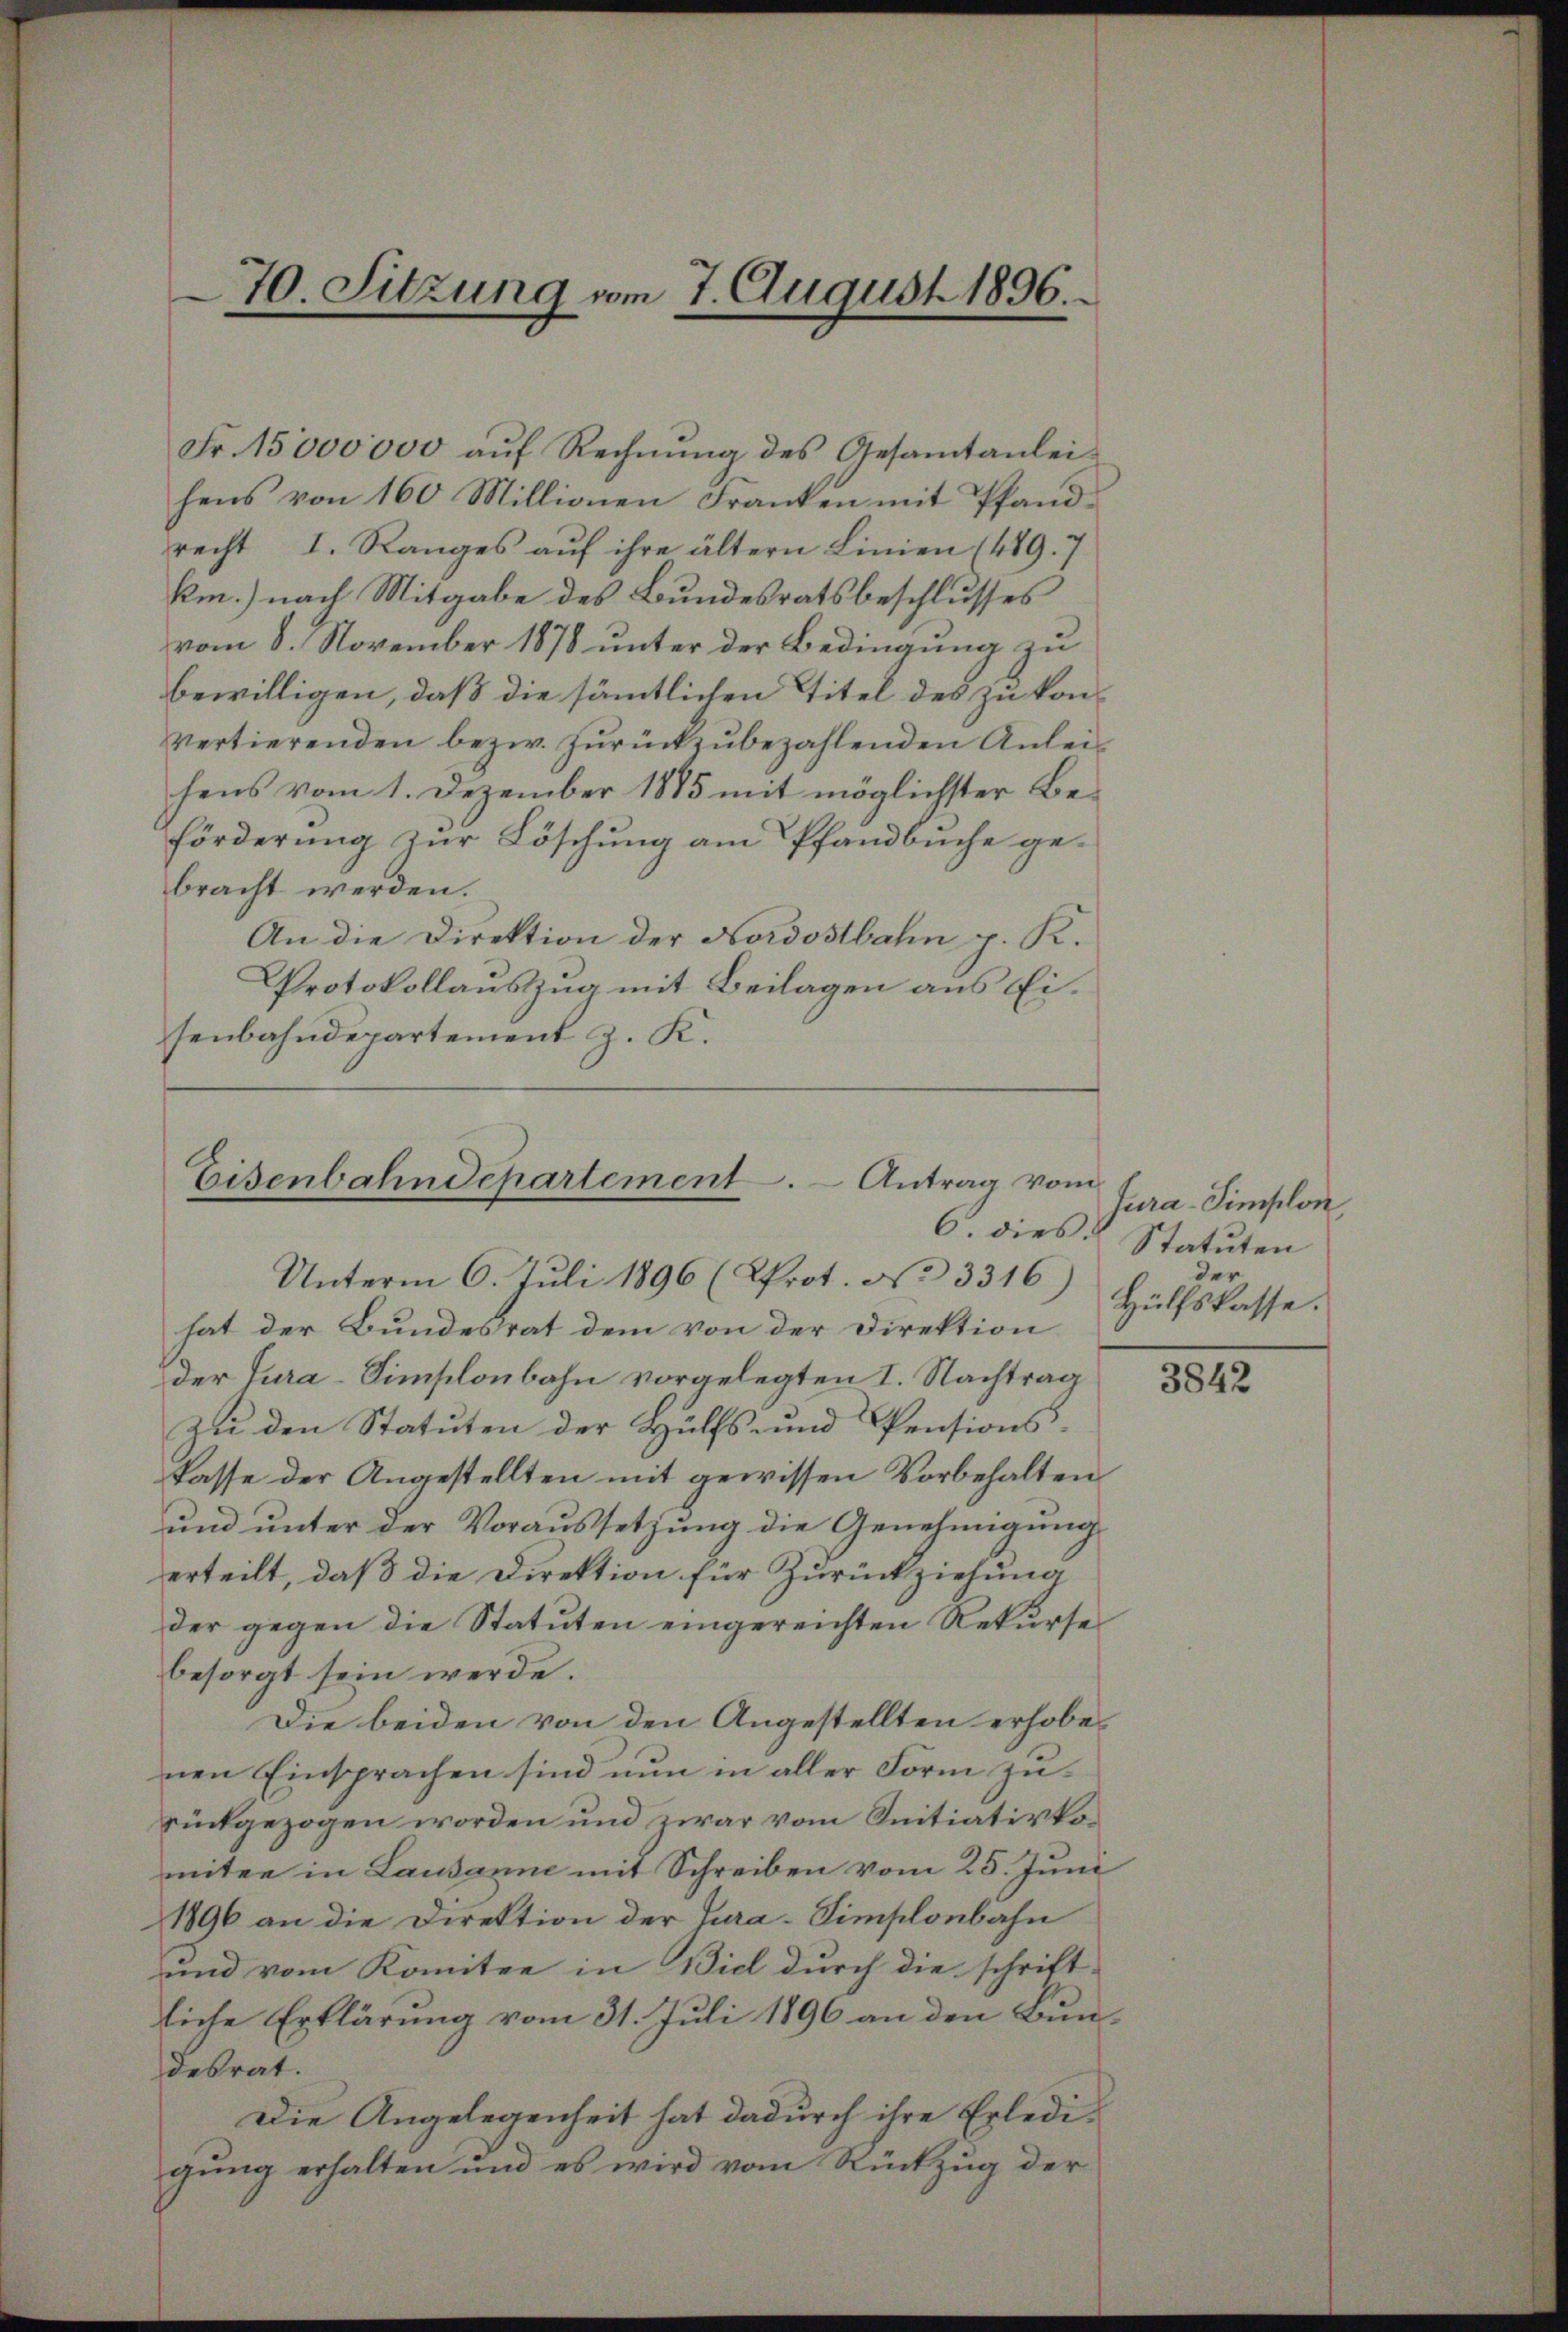
70. Sitzung vom 7. August 1896.

Fr. 15000000 aŭf Rechnŭng des Gesamtanlei-
hens von 160 Millionen Franken mit Pfand-
recht I. Ranges aŭf ihre ältern Linien (489. 7
km.) nach Mitgabe des Bundesratsbeschlusses
vom 8. November 1878 unter der Bedingung zu
bewilligen, daß die sämmtlichen Titel des zu konvertierenden bezw. zŭrückzŭbezahlenden Anlei-
hens vom 1. Dezember 1885 mit möglichster Beförderung zur Löschung am Pfandbuche gebracht werden.
An die Direktion der Nordostbahn p. K.
Protokollauszug mit Beilagen aus Eisenbahndepartement z. K.

Eisenbahndepartement. - Antrag vom
6. dies:
Unterm 6. Juli 1896 (Prot. No 3316)

hat der Bundesrat dem von der Direktion
der Jura-Simplonbahn vorgelegten I. Nachtrag
zu den Statuten der Hülfs- und Pensionskasse der Angestellten mit gewissen Vorbehalten
und unter der Voraussetzung die Genehmigung
erteilt, daß die Direktion für Zurückziehung
der gegen die Statuten eingereichten Rekursebesorgt sein werde.
Die beiden von den Angestellten erhobenen Einsprachen sind nun in aller Form zurückgezogen worden und zwar vom Initiativkounter in Lausanne mit Schreiben vom 25. Juni
1896 an die Direktion der Jura-Simplonbahn
und vom Komitee in Biel durch die schrift-
liche Erklärung vom 31. Juli 1896 an den Bundesrat.
Die Angelegenheit hat dadurch ihre Erledigung erhalten und es wird vom Rückzug der

fura-Simplon,
Statuten
der
Hülfskasse.

3842